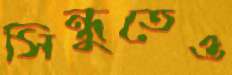
সিন্ধুতেও